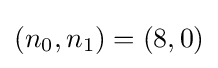
{\textstyle (n_{0},n_{1})=(8,0)}